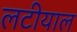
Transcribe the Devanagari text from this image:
लटीयाल